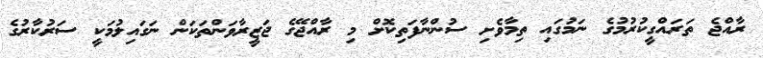
ރާއްޖެ ތަރައްގީކުރުމުގެ ނަމުގައި ތިމާވެށި ސުންނާފަތިކޮށް މި ރާއްޖޭގެ ޖަޒީރާވަންތަކަން ނަގައިލުމަކީ ސަރުކާރުގެ